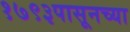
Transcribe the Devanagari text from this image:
१७९३पासूनच्या